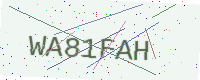
Text: WA81FAH